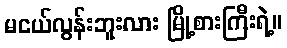
မငယ်လွန်းဘူးလား မြို့စားကြီးရဲ့။